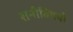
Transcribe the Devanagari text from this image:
शनीविषयी